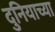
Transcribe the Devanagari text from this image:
दुनियाच्या